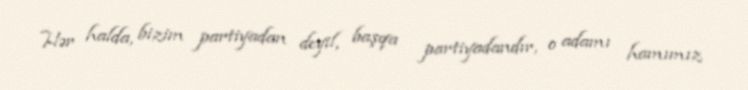
Hər halda, bizim partiyadan deyil, başqa partiyadandır, o adamı hamımız